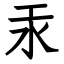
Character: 汞